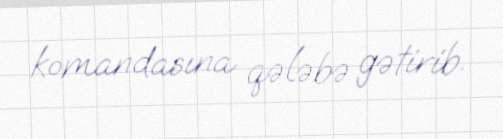
komandasına qələbə gətirib.